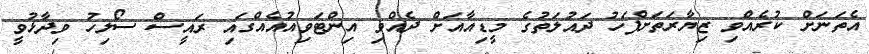
އެތަނަށް ކުރެއްވި ޒިޔާރަތަށްފަހު ދައުލަތުގެ މީޑިއާއަށް ދެއްވި އިންޓަވިއުއެއްގައި ރައީސް ސޯލިހު ވިދާޅުވީ